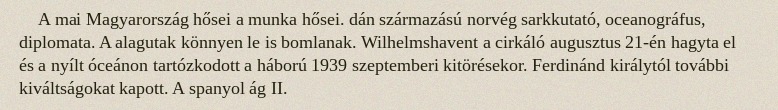
A mai Magyarország hősei a munka hősei. dán származású norvég sarkkutató, oceanográfus, diplomata. A alagutak könnyen le is bomlanak. Wilhelmshavent a cirkáló augusztus 21-én hagyta el és a nyílt óceánon tartózkodott a háború 1939 szeptemberi kitörésekor. Ferdinánd királytól további kiváltságokat kapott. A spanyol ág II.